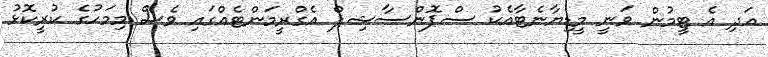
އަދި އެ ޓީމުން ވަނީ މީޑިޔާނެޓާއެކު ސްޕޮންސާޝިޕް އެގްރީމަންޓެއްގައި ވެސް މިމަހުގެ ކުރީކޮޅު